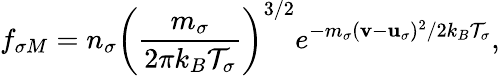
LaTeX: f_{\sigma M}=n_{\sigma}\left(\frac{m_{\sigma}}{2\pi k_{B}{\cal T}_{\sigma}}\right)^{3/2}e^{-m_{\sigma}({\mathbf v}-{\mathbf u}_{\sigma})^{2}/2k_{B}{\cal T}_{\sigma}},